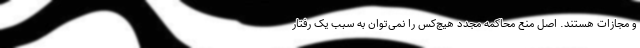
و مجازات هستند. اصل منع محاکمه مجدد هیچ‌کس را نمی‌توان به سبب یک رفتار